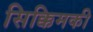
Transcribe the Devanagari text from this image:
सिक्किमकी